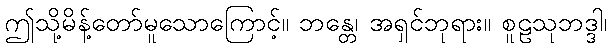
ဤသို့မိန့်တော်မူသောကြောင့်။ ဘန္တေ၊ အရှင်ဘုရား။ စူဠသုဘဒ္ဒါ၊